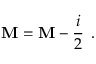
{ \bf \cal M } = { \bf M } - \frac { i } { 2 } \, { \bf \Gamma } .